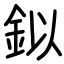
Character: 鉯